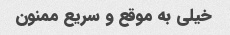
خیلی به موقع و سریع ممنون